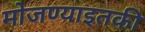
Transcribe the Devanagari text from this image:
मोजण्याइतकी